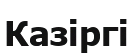
Казіргі